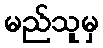
မည်သူမှ